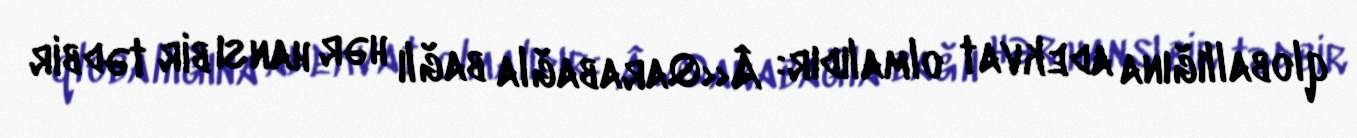
qloballığına adekvat olmalıdır: Â«Qarabağla bağlı hər hansı bir tədbir